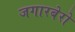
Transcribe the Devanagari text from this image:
जगारबेरो